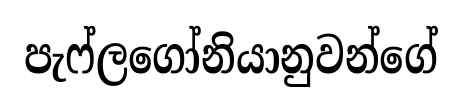
පැෆ්ලගෝනියානුවන්ගේ